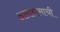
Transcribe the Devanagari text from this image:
अलाबामाची